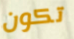
تكون